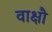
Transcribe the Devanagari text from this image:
वाक्षौ